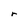
Character: r